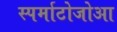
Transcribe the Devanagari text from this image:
स्पर्माटोजोआ